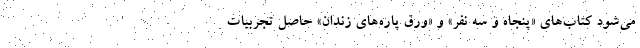
می‌شود کتاب‌های «پنجاه و سه نفر» و «ورق پاره‌های زندان» حاصل تجربیات